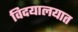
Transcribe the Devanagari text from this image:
विदयालयात